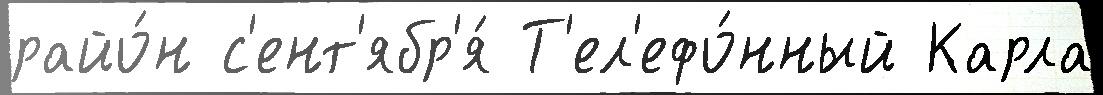
райо́н с'ент'ябр'я́ Т'ел'ефо́нный Карла